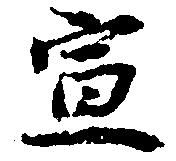
宣